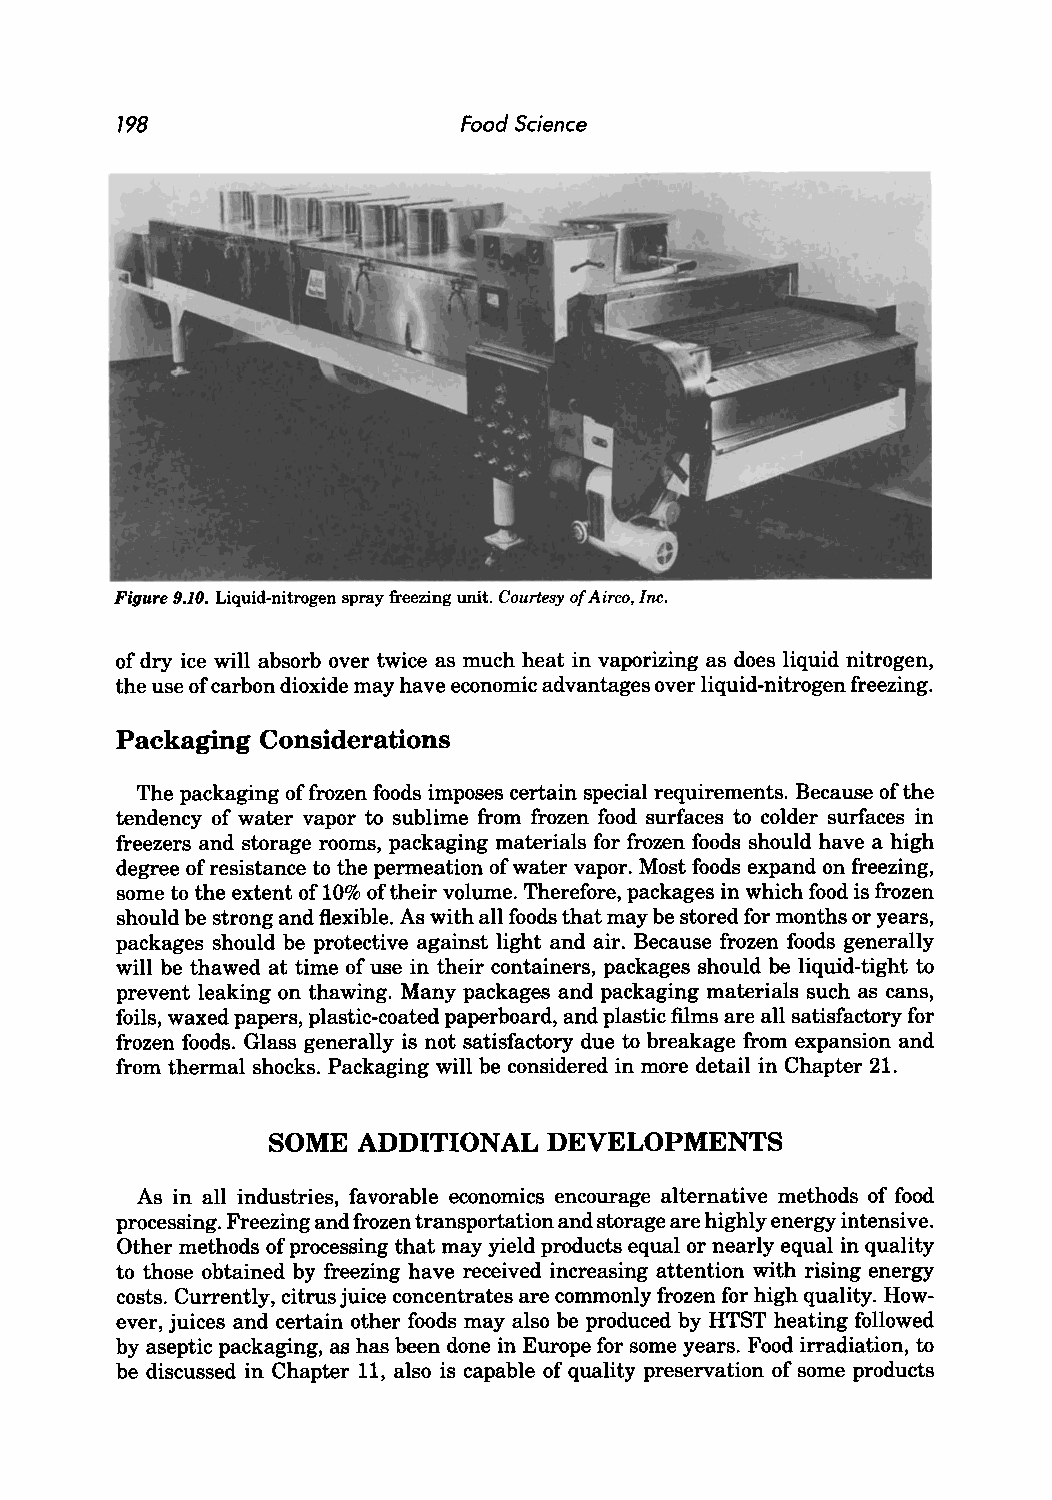
798                    Food Science
 Figure 9.10. Liquid-nitrogen spray freezing unit. Courtesy of Airco, Inc.
 of dry ice will absorb over twice as much heat in vaporizing as does liquid nitrogen,
 the use of carbon dioxide may have economic advantages over liquid-nitrogen freezing.
 Packaging Considerations
 The packaging of frozen foods imposes certain special requirements. Because of the
 tendency of water vapor to sublime from frozen food surfaces to colder surfaces in
 freezers and storage rooms, packaging materials for frozen foods should have a high
 degree of resistance to the permeation of water vapor. Most foods expand on freezing,
 some to the extent of 10% of their volume. Therefore, packages in which food is frozen
 should be strong and flexible. As with all foods that may be stored for months or years,
 packages should be protective against light and air. Because frozen foods generally
 will be thawed at time of use in their containers, packages should be liquid-tight to
 prevent leaking on thawing. Many packages and packaging materials such as cans,
 foils, waxed papers, plastic-coated paperboard, and plastic films are all satisfactory for
 frozen foods. Glass generally is not satisfactory due to breakage from expansion and
 from thermal shocks. Packaging will be considered in more detail in Chapter 21.
 SOME  ADDITIONAL  DEVELOPMENTS
 As in all industries, favorable economics encourage alternative methods of food
 processing. Freezing and frozen transportation and storage are highly energy intensive.
 Other methods of processing that may yield products equal or nearly equal in quality
 to those obtained by freezing have received increasing attention with rising energy
 costs. Currently, citrus juice concentrates are commonly frozen for high quality. How
 ever, juices and certain other foods may also be produced by HTST heating followed
 by aseptic packaging, as has been done in Europe for some years. Food irradiation, to
 be discussed in Chapter 11, also is capable of quality preservation of some products